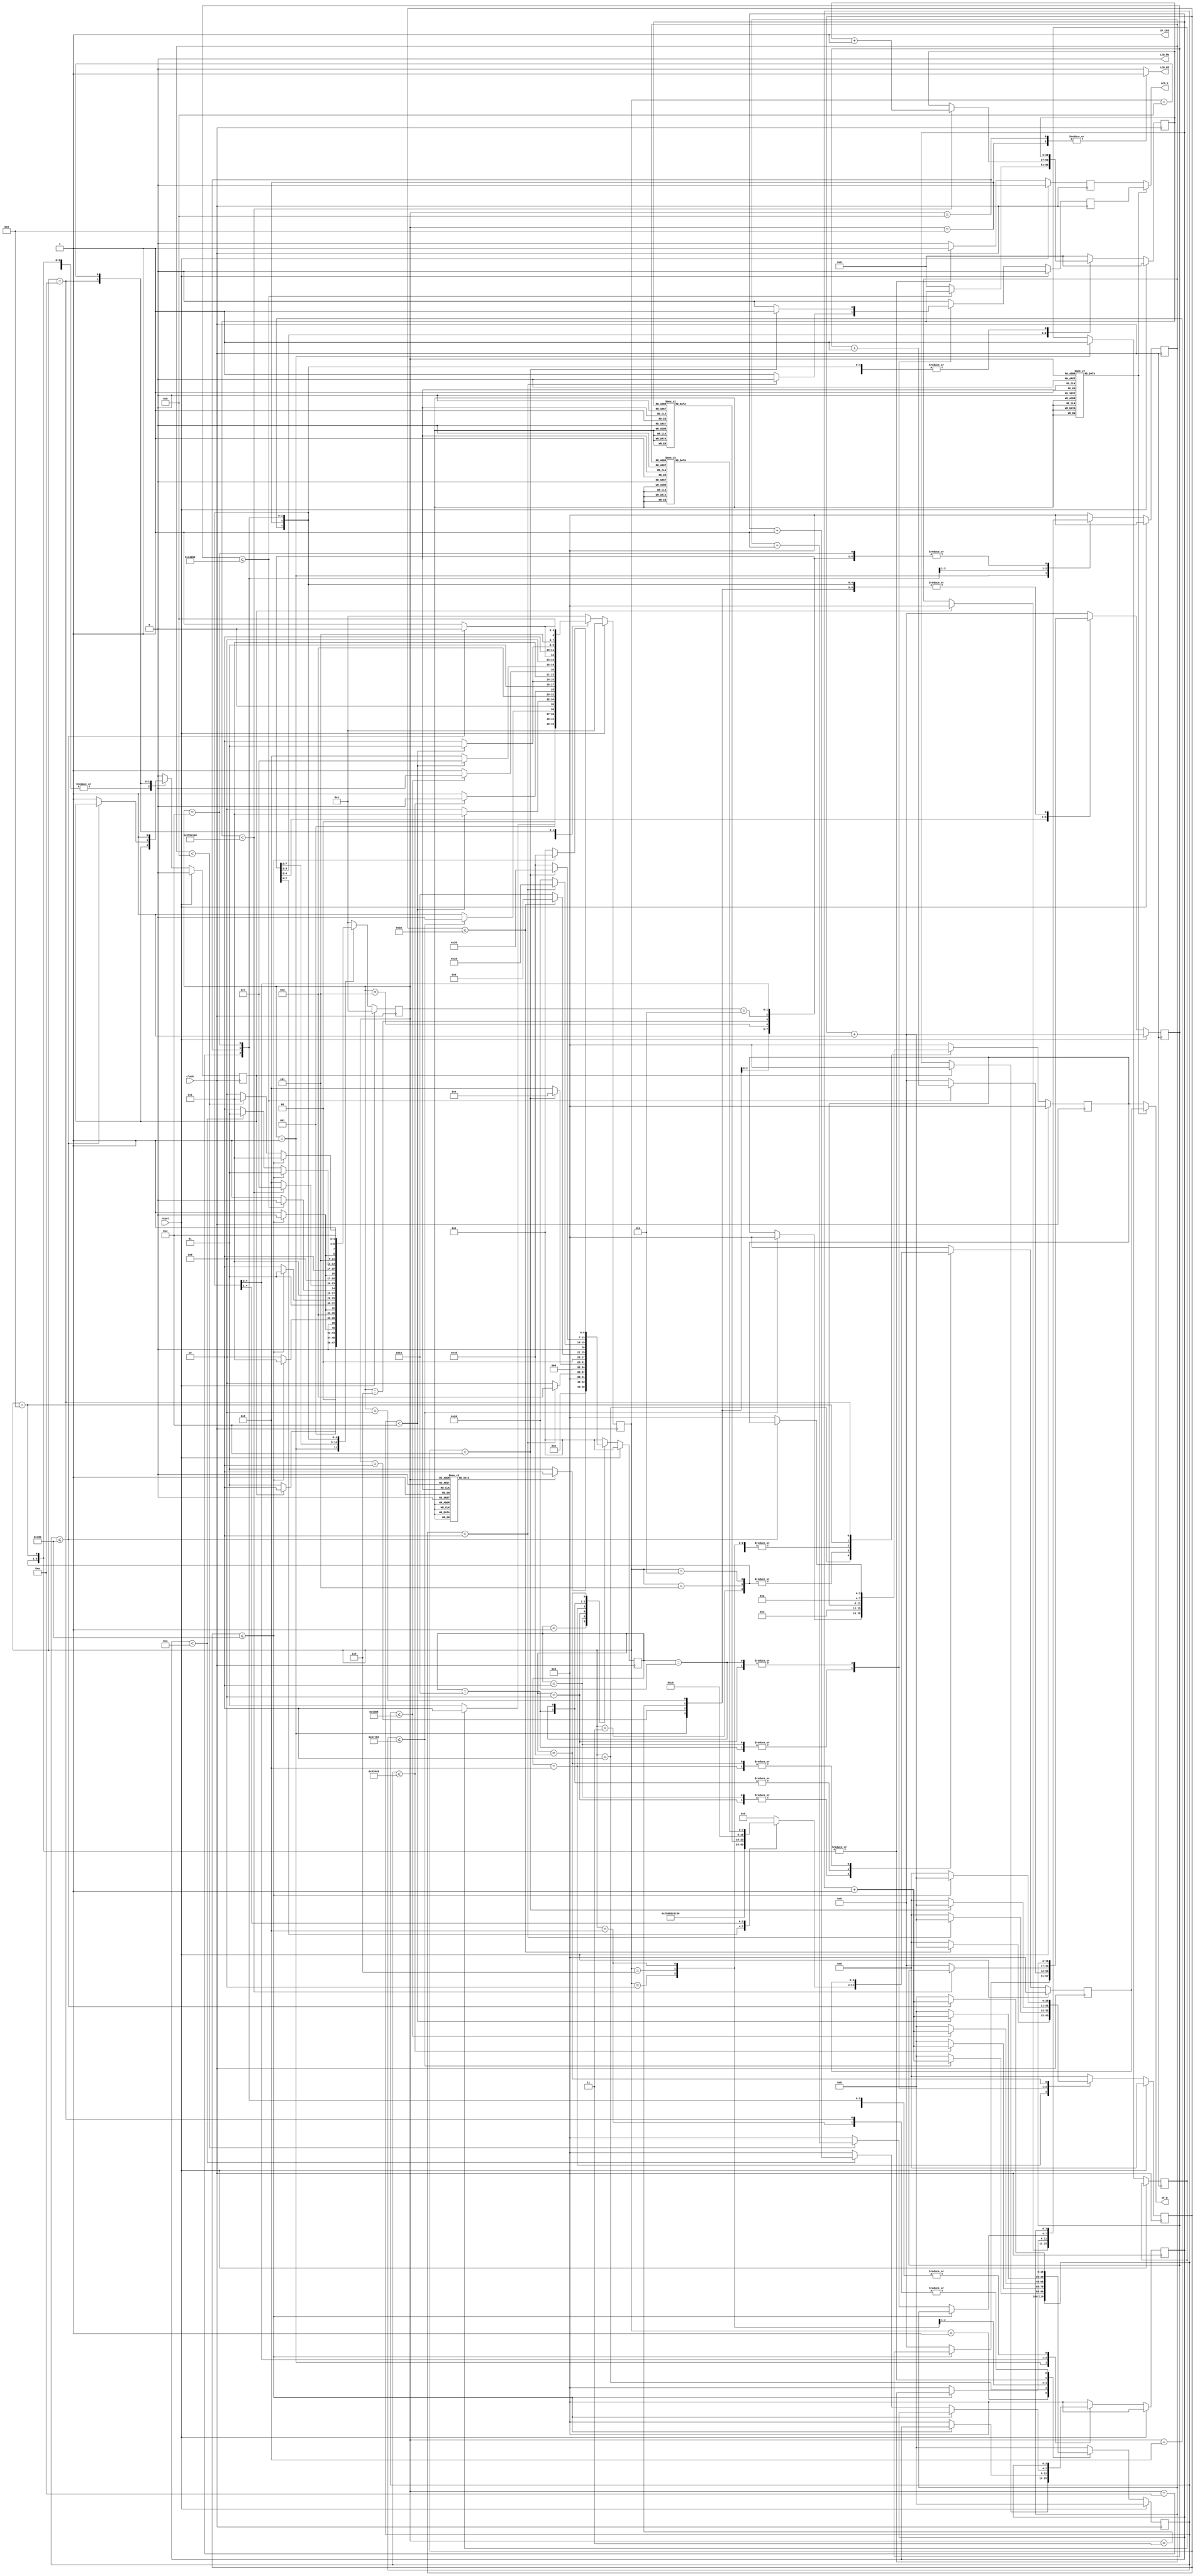
`timescale 1ns / 1ps
//////////////////////////////////////////////////////////////////////////////////
// Company: 
// Engineer: 
// 
// Design Name: 
// Module Name:    LabLCD 
// Project Name: 
// Target Devices: 
// Tool versions: 
// Description: 
//
// Dependencies: 
//
// Revision: 
// Revision 0.01 - File Created
// Additional Comments: 
//
//////////////////////////////////////////////////////////////////////////////////
module LCD_Driver( output SF_CE0,           // 4  LCD  StrataFlash  SF_D<11:8>.
                                            //  SF_CE0 = High ,  StrataFlash ,
                                            //  FPGA  read/write  LCD.
                   output LCD_RW,           // Read/Write Control
                                            // 0: WRITE, LCD accepts SF_D
                                            // 1: READ, LCD presents SF_D

                   output LCD_RS,           // Register Select
                                            // 0: Instruction register during write operations.
                                            //    Busy Flash during read operations
                                            // 1: Data for read or write operations

                   output [3:0] SF_D,       // Four-bit SF_D interface, Data bit DB7 ~ DB4,
                                            // Shared with StrataFlash pins SF_D<11:8>

                   output LCD_E,            // Read/Write Enable Pulse,
                                            // 0: Disabled, 1: Read/Write operation enabled

                   input clock,             //  On-Board 50 MHz Oscillator CLK_50MHz (C9)
                   input reset              //  BTN EAST(H13)

                  );

    ///////////////////////////////////////////////////////////////////////////

    /////////////////////////////////////////////////
    //  LCD 

    parameter   INIT_IDLE       = 4'h1,
                WAITING_READY   = 4'h2,

                WR_ENABLE_1     = 4'h3,
                WAITING_1       = 4'h4,
                WR_ENABLE_2     = 4'h5,
                WAITING_2       = 4'h6,

                WR_ENABLE_3     = 4'h7,
                WAITING_3       = 4'h8,
                WR_ENABLE_4     = 4'h9,
                WAITING_4       = 4'hA,

                INIT_DONE       = 4'hB;

    //  LCD :  3 bits
    reg [3:0] init_state;

    // 
    // The 15 ms interval is 750,000 clock cycles at 50 MHz.
    // 750,000 (dec) = 1011_0111_0001_1011_0000(bin)  20 bits
    reg [19:0] cnt_init;

    // 
    // 0: 
    // 1: 
    reg init_done;


    parameter   DISPLAY_INIT    = 4'h1,

                FUNCTION_SET    = 4'h2,
                ENTRY_MODE_SET  = 4'h3,
                DISPLAY_ON_OFF  = 4'h4,
                DISPLAY_CLEAR   = 4'h5,
                CLEAR_EXECUTION = 4'h6,
                IDLE_2SEC       = 4'h7,

                SET_DD_RAM_ADDR = 4'h8,
                LCD_LINE_1      = 4'h9,
                SET_NEWLINE     = 4'hA,
                LCD_LINE_2      = 4'hB,
                DISPLAY_DONE    = 4'hC;



    //  LCD :  3 bits
    reg [3:0] ctrl_state;

    // 
    // Clear the display and return the cursor to the home position, the top-left corner.
    // Execution Time at least 1.64 ms (82,000 clock cycles)
    // 82,000 (dec) = 1_0100_0000_0101_0000 (bin)  17 bits
    reg [16:0] cnt_delay;

    // 
    // 1: 
    // 0: 
    reg init_exec;

    // ,  2 sec,  50 MHz 
    //  100,000,000(dec) = 101_1111_0101_1110_0001_0000_0000 (bin) (27 bits) 
    reg [26:0] cnt_2sec;

    // 
    // 1: ???   // 0: 
    reg tx_ctrl;

    // 
    parameter   TX_IDLE     = 8'H01,
                UPPER_SETUP = 8'H02,
                UPPER_HOLD  = 8'H04,
                ONE_US      = 8'H08,
                LOWER_SETUP = 8'H10,
                LOWER_HOLD  = 8'H20,
                FORTY_US    = 8'H40;


    // :  7 bits
    reg [6:0] tx_state;

    // 
    // The time between successive commands is 40us, which corresponds to 2000 clock cycles
    // 2000 (dec ) = 111_1101_0000 (bin)  11 bits
    reg [10:0] cnt_tx;

    // Register Select
    // 0: Instruction register during write operations. Busy Flash during read operations
    // 1: Data for read or write operations
    reg select;

    // The upper nibble is transferred first, followed by the lower nibble.
    reg [3:0] nibble;
    reg [3:0] DB_init;  // 

    // Read/Write Enable Pulse, 0: Disabled, 1: Read/Write operation enabled
    reg enable;
    reg en_init;        // 

    reg mux;            // /
                        // 0: 
                        // 1: /

    //  LCD :  8 bits
    reg [7:0] tx_byte;

    //  1 
    reg [7:0] tx_Line1;

    //  2 
    reg [7:0] tx_Line2;

    // 
    reg [3:0] cnt_1 = 4'b0; // For Line 1
    reg [3:0] cnt_2 = 4'b0; // For Line 2

    ///////////////////////////////////////////////////////////////////////////////////////////
    //  Intel strataflash ,  Read/Write  Write, : LCD 
    assign SF_CE0   = 1'b1;     // Disable intel strataflash

    assign LCD_RW   = 1'b0;     // Write only

    assign LCD_RS   = select;

    assign SF_D     = ( mux ) ? nibble : DB_init;

    assign LCD_E    = ( mux ) ? enable : en_init;

    always @(*)
    begin
        case ( ctrl_state )
            DISPLAY_INIT:       mux = 1'b0; // power on initialization sequence
            FUNCTION_SET,
            ENTRY_MODE_SET,
            DISPLAY_ON_OFF,
            DISPLAY_CLEAR,
            IDLE_2SEC,
            CLEAR_EXECUTION,
            SET_DD_RAM_ADDR,
            LCD_LINE_1,
            SET_NEWLINE,
            LCD_LINE_2:         mux = 1'b1;
            default:            mux = 1'b0;
        endcase
    end
    ///////////////////////////////////////////////////////////////////////////////////////////


    // The following "always" statements simplify the process of adding and removing states.
    //
    // refer to datasheet for an explanation of these values

    //  LCD :  8 bits
    // In Verilog-2001, you can initialize registers when you declare them.
    // Now Xilinx XST has supported to initialize registers
    always @( * ) begin
        case ( ctrl_state )
            FUNCTION_SET:       begin
                                    tx_byte = 8'b0010_1000;
                                    select = 1'b0;
                                end
            ENTRY_MODE_SET:     begin
                                    tx_byte = 8'b0000_0110;
                                    select = 1'b0;
                                end
            DISPLAY_ON_OFF:     begin
                                    tx_byte = 8'b0000_1100;
                                    select = 1'b0;
                                end
            DISPLAY_CLEAR:      begin
                                    tx_byte = 8'b0000_0001;
                                    select = 1'b0;
                                end
            SET_DD_RAM_ADDR:    begin
                                    tx_byte = 8'b1000_0000;
                                    select = 1'b0;
                                end
            ///////////////////////////////////////////////////
            LCD_LINE_1:         begin
                                    tx_byte = tx_Line1;
                                    select = 1'b1;
                                end
            SET_NEWLINE:        begin
                                    tx_byte = 8'b1100_0000;
                                    select = 1'b0;
                                end
            ///////////////////////////////////////////////////
            LCD_LINE_2:         begin
                                    tx_byte = tx_Line2;
                                    select = 1'b1;
                                end

            default:            begin
                                    tx_byte = 8'b0;
                                    select = 1'b0;
                                end
        endcase
    end

    always @(*)
    begin
        case ( cnt_1 )
            0:      tx_Line1    = 8'b0101_0011;     // CHAR_S
            1:      tx_Line1    = 8'b0111_0000;     // CHAR_p
            2:      tx_Line1    = 8'b0110_0001;     // CHAR_a
            3:      tx_Line1    = 8'b0111_0010;     // CHAR_r
            4:      tx_Line1    = 8'b0111_0100;     // CHAR_t
            5:      tx_Line1    = 8'b0110_0001;     // CHAR_a
            6:      tx_Line1    = 8'b0110_1110;     // CHAR_n
            7:      tx_Line1    = 8'b0010_1101;     // CHAR_HYPHEN
            8:      tx_Line1    = 8'b0011_0011;     // CHAR_3
            9:      tx_Line1    = 8'b0100_0101;     // CHAR_E
            10:     tx_Line1    = 8'b0010_0000;     // CHAR_SPACE
            11:     tx_Line1    = 8'b0100_0110;     // CHAR_F
            12:     tx_Line1    = 8'b0101_0000;     // CHAR_P
            13:     tx_Line1    = 8'b0100_0111;     // CHAR_G
            14:     tx_Line1    = 8'b0100_0001;     // CHAR_A
            default:tx_Line1    = 8'b0;             // NONE
        endcase
    end

    always @(*)
    begin
        case ( cnt_2 )
            0:      tx_Line2    = 8'b0100_0110;     // CHAR_F
            1:      tx_Line2    = 8'b0101_0000;     // CHAR_P
            2:      tx_Line2    = 8'b0100_0111;     // CHAR_G
            3:      tx_Line2    = 8'b0100_0001;     // CHAR_A
            4:      tx_Line2    = 8'b0010_0000;     // CHAR_SPACE
            5:      tx_Line2    = 8'b0101_0011;     // CHAR_S
            6:      tx_Line2    = 8'b0111_0100;     // CHAR_t
            7:      tx_Line2    = 8'b0110_0001;     // CHAR_a
            8:      tx_Line2    = 8'b0111_0010;     // CHAR_r
            9:      tx_Line2    = 8'b0111_0100;     // CHAR_t
            10:     tx_Line2    = 8'b0110_0101;     // CHAR_e
            11:     tx_Line2    = 8'b0111_0010;     // CHAR_r
            default:tx_Line2    = 8'b0;             // NONE
        endcase
    end

/*       LCD 
        Power-On Initialization

        The initialization sequence first establishes that the FPGA application
        wishes to use the four-bit SF_D interface to the LCD as follows:

        (0) Wait 15 ms or longer, although the display is generally ready when the FPGA finishes configuration.
            The 15 ms interval is 750,000 clock cycles at 50 MHz.

        (1) Write SF_D<11:8> = 0x3, pulse LCD_E High for 12 clock cycles.

        (2) Wait 4.1 ms or longer, which is 205,000 clock cycles at 50 MHz.

        (3) Write SF_D<11:8> = 0x3, pulse LCD_E High for 12 clock cycles.

        (4) Wait 100 s or longer, which is 5,000 clock cycles at 50 MHz.

        (5) Write SF_D<11:8> = 0x3, pulse LCD_E High for 12 clock cycles.

        (6) Wait 40 s or longer, which is 2,000 clock cycles at 50 MHz.

        (7) Write SF_D<11:8> = 0x2, pulse LCD_E High for 12 clock cycles.

        (8) Wait 40 s or longer, which is 2,000 clock cycles at 50 MHz.
*/

    // Initializing the Display
    always @( posedge clock )
    begin
        if( reset ) begin
            init_state <= INIT_IDLE;

            DB_init <= 4'b0;
            en_init <= 0;

            cnt_init <= 0;

            init_done <= 0;
        end

        else begin
            case ( init_state )
                // power on initialization sequence
                INIT_IDLE:          begin
                                        en_init <= 0;

                                        if ( init_exec  )
                                            init_state <= WAITING_READY;
                                        else
                                            init_state <= INIT_IDLE;
                                    end

                WAITING_READY:      begin   // (0 ) 15 ms , LCD 
                                        en_init <= 0;

                                        if ( cnt_init <= 750000 ) begin
                                            DB_init <= 4'h0;

                                            cnt_init <= cnt_init + 1;

                                            init_state <= WAITING_READY;
                                        end
                                        else begin
                                            cnt_init <= 0;

                                            init_state <= WR_ENABLE_1;
                                        end
                                    end

                WR_ENABLE_1:        begin
                                        DB_init <= 4'h3;            // Write SF_D<11:8> = 0x3

                                        en_init <= 1'b1;            // Pulse LCD_E High for 12 clock cycles.

                                        if ( cnt_init < 12 ) begin
                                            cnt_init <= cnt_init + 1;

                                            init_state <= WR_ENABLE_1;
                                        end
                                        else begin
                                            cnt_init <= 0;

                                            init_state <= WAITING_1;
                                        end
                                    end

                WAITING_1:          begin   // Wait 4.1 ms or longer, which is 205,000 clock cycles at 50 MHz.
                                        en_init <= 1'b0;

                                        if ( cnt_init <= 205000 ) begin

                                            cnt_init <= cnt_init + 1;

                                            init_state <= WAITING_1;
                                    end
                                    else begin
                                            cnt_init <= 0;

                                            init_state <= WR_ENABLE_2;
                                        end
                                    end
                WR_ENABLE_2:        begin
                                        DB_init <= 4'h3;            // Write SF_D<11:8> = 0x3
                                        en_init <= 1'b1;            // Pulse LCD_E High for 12 clock cycles.

                                        if ( cnt_init < 12 ) begin

                                            cnt_init <= cnt_init + 1;

                                            init_state <= WR_ENABLE_2;
                                    end
                                    else begin
                                            cnt_init <= 0;

                                            init_state <= WAITING_2;
                                        end
                                    end
                                    // Wait 100 s or longer, which is 5,000 clock cycles at 50 MHz.
                WAITING_2:          begin
                                        en_init <= 1'b0;

                                        if ( cnt_init <= 5000 ) begin

                                            cnt_init <= cnt_init + 1;

                                            init_state <= WAITING_2;
                                        end
                                        else begin
                                            cnt_init <= 0;

                                            init_state <= WR_ENABLE_3;
                                        end
                                    end

                WR_ENABLE_3:        begin   //  Write SF_D<11:8> = 0x3, pulse LCD_E High for 12 clock cycles.
                                        DB_init <= 4'h3;            // Write SF_D<11:8> = 0x3
                                        en_init <= 1'b1;            // Pulse LCD_E High for 12 clock cycles.

                                        if ( cnt_init < 12 ) begin

                                            cnt_init <= cnt_init + 1;

                                            init_state <= WR_ENABLE_3;
                                    end
                                    else begin
                                            cnt_init <= 0;

                                            init_state <= WAITING_3;
                                        end
                                    end

                WAITING_3:          begin   //  Wait 40 us or longer, which is 2,000 clock cycles at 50 MHz.
                                        en_init <= 1'b0;

                                        if ( cnt_init <= 2000 ) begin

                                            cnt_init <= cnt_init + 1;

                                            init_state <= WAITING_3;
                                    end
                                    else begin
                                            cnt_init <= 0;

                                            init_state <= WR_ENABLE_4;
                                        end
                                    end

                WR_ENABLE_4:        begin   //  Write SF_D<11:8> = 0x2, pulse LCD_E High for 12 clock cycles.
                                        DB_init <= 4'h2;            // Write SF_D<11:8> = 0x3
                                        en_init <= 1'b1;            // Pulse LCD_E High for 12 clock cycles.

                                        if ( cnt_init < 12 ) begin

                                            cnt_init <= cnt_init + 1;

                                            init_state <= WR_ENABLE_4;
                                    end
                                    else begin
                                            cnt_init <= 0;

                                            init_state <= WAITING_4;
                                        end
                                    end

                WAITING_4:          begin   //  Wait 40 us or longer, which is 2,000 clock cycles at 50 MHz.
                                        en_init <= 1'b0;

                                        if ( cnt_init <= 2000 ) begin
                                            cnt_init <= cnt_init + 1;

                                            init_state <= WAITING_4;
                                        end
                                        else begin
                                            DB_init <= 4'h0;        // Write SF_D<11:8> = 0x0
                                            cnt_init <= 0;

                                            cnt_init <= 0;

                                            init_done <= 1'b1;
                                            init_state <= INIT_DONE;
                                        end
                                    end

                INIT_DONE:          begin
                                        init_state <= INIT_DONE;

                                        DB_init <= 4'h0;
                                        en_init <= 1'b0;

                                        cnt_init <= 0;

                                        init_done <= 1'b1;
                                    end
                default:            begin
                                        init_state <= INIT_IDLE;

                                        DB_init <= 4'b0;
                                        en_init <= 0;

                                        cnt_init <= 0;

                                        init_done <= 0;
                                    end
            endcase
        end
    end


    always @( * )
    begin
        case ( ctrl_state )
            DISPLAY_INIT:       tx_ctrl = 1'b0;
            FUNCTION_SET,
            ENTRY_MODE_SET,
            DISPLAY_ON_OFF,
            DISPLAY_CLEAR:      tx_ctrl = 1'b1;
            CLEAR_EXECUTION:    tx_ctrl = 1'b0;
            SET_DD_RAM_ADDR,
            LCD_LINE_1,
            SET_NEWLINE,
            LCD_LINE_2:         tx_ctrl = 1'b1;
            DISPLAY_DONE:       tx_ctrl = 1'b0;
            default:            tx_ctrl = 1'b0;
        endcase
    end

    // Main state machine
    always @( posedge clock )
    begin
        if( reset ) begin
            ctrl_state <= DISPLAY_INIT;

            cnt_delay <= 0;
            cnt_1 <= 0;
            cnt_2 <= 0;

            cnt_2sec <= 0;
        end

        else begin
            case ( ctrl_state )
                // power on initialization sequence
                DISPLAY_INIT:       begin   // (0 ) 15 ms , LCD 
                                        init_exec <= 1;

                                        if ( init_done ) begin
                                            ctrl_state <= FUNCTION_SET;
                                            cnt_1 <= 0;
                                            cnt_2 <= 0;
                                        end
                                        else begin
                                            ctrl_state <= DISPLAY_INIT;
                                        end
                                    end

                FUNCTION_SET:       begin
                                        // Wait 40 us or longer
                                        if ( cnt_tx <= 2000 ) begin
                                            ctrl_state <= FUNCTION_SET;
                                        end
                                        else begin
                                            ctrl_state <= ENTRY_MODE_SET;
                                        end
                                    end

                ENTRY_MODE_SET:     begin
                                        // Wait 40 us or longer
                                        if ( cnt_tx <= 2000 ) begin
                                            ctrl_state <= ENTRY_MODE_SET;
                                        end
                                        else begin
                                            ctrl_state <= DISPLAY_ON_OFF;
                                        end
                                    end

                DISPLAY_ON_OFF:     begin
                                        // Wait 40 us or longer
                                        if ( cnt_tx <= 2000 ) begin
                                            ctrl_state <= DISPLAY_ON_OFF;
                                        end
                                        else begin
                                            ctrl_state <= DISPLAY_CLEAR;
                                        end
                                    end

                DISPLAY_CLEAR:      begin
                                        // Wait 40 us or longer
                                        if ( cnt_tx <= 2000 ) begin
                                            ctrl_state <= DISPLAY_CLEAR;
                                        end
                                        else begin
                                            ctrl_state <= CLEAR_EXECUTION;

                                            cnt_delay <= 0;
                                        end
                                    end

                CLEAR_EXECUTION:    begin
                                        // The delay after a Clear Display command is 1.64ms,
                                        // which corresponds to 82000 clock cycles.
                                        if ( cnt_delay <= 82000 ) begin
                                            ctrl_state <= CLEAR_EXECUTION;

                                            cnt_delay <= cnt_delay + 1;
                                        end
                                        else begin
                                            ctrl_state <= IDLE_2SEC;
                                            cnt_delay <= 0;

                                            cnt_2sec <= 0;
                                        end
                                    end

                IDLE_2SEC:          begin // ,  2 sec, 
                                        if ( cnt_2sec < 27'd100000000 ) begin
                                            ctrl_state <= IDLE_2SEC;
                                            cnt_2sec <= cnt_2sec + 1;
                                        end
                                        else begin
                                            ctrl_state <= SET_DD_RAM_ADDR;

                                            cnt_delay <= 0;
                                        end
                                    end

                SET_DD_RAM_ADDR:    begin
                                        // Wait 40 us or longer
                                        if ( cnt_tx <= 2000 ) begin
                                            ctrl_state <= SET_DD_RAM_ADDR;
                                        end
                                        else begin
                                            ctrl_state <= LCD_LINE_1;
                                            cnt_1 <= 0;
                                        end
                                    end

                LCD_LINE_1:         begin
                                        // Wait 40 us or longer
                                        if ( cnt_tx <= 2000 ) begin
                                            ctrl_state <= LCD_LINE_1;
                                        end
                                        else if ( cnt_1 < 14 ) begin
                                                ctrl_state <= LCD_LINE_1;

                                                cnt_1 <= cnt_1 + 1;
                                            end
                                            else begin
                                                ctrl_state <= SET_NEWLINE;

                                                cnt_1 <= 0;
                                            end
                                    end

                SET_NEWLINE:        begin
                                        // Wait 40 us or longer
                                        if ( cnt_tx <= 2000 ) begin
                                            ctrl_state <= SET_NEWLINE;
                                        end
                                        else begin
                                            ctrl_state <= LCD_LINE_2;

                                            cnt_2 <= 0;
                                        end
                                    end

                LCD_LINE_2:         begin
                                        // Wait 40 us or longer
                                        if ( cnt_tx <= 2000 ) begin
                                            ctrl_state <= LCD_LINE_2;
                                        end
                                        else if ( cnt_2 < 11 ) begin
                                                ctrl_state <= LCD_LINE_2;

                                                cnt_2 <= cnt_2 + 1;
                                            end
                                            else begin
                                                ctrl_state <= DISPLAY_DONE;

                                                cnt_2 <= 0;
                                            end
                                    end

                DISPLAY_DONE:       begin
                                        ctrl_state <= DISPLAY_DONE;
                                    end
                default:            begin
                                        ctrl_state <= DISPLAY_INIT;

                                        cnt_delay <= 0;
                                        cnt_1 <= 0;
                                        cnt_2 <= 0;

                                        cnt_2sec <= 0;
                                    end
            endcase
        end
    end
/*
    Four-Bit Data Interface

    The board uses a 4-bit SF_D interface to the character LCD.
    The SF_D values on SF_D<11:8>, and the register select (LCD_RS) and the read/write (LCD_RW)
    control signals must be set up and stable at least 40 ns before the enable LCD_E goes High.

    The enable signal must remain High for 230 ns or longer-the equivalent of 12 or more clock cycles at 50 MHz.

    In many applications, the LCD_RW signal can be tied Low permanently
    because the FPGA generally has no reason to read information from the display.

    Transferring 8-Bit Data over the 4-Bit Interface

    After initializing the display and establishing communication,
    all commands and SF_D transfers to the character display are via 8 bits,
    transferred using two sequential 4-bit operations.
    Each 8-bit transfer must be decomposed into two 4-bit transfers, spaced apart by at least 1 s.

    The upper nibble is transferred first, followed by the lower nibble.
    An 8-bit write operation must be spaced least 40 s before the next communication.
    This delay must be increased to 1.64 ms following a Clear Display command.

    Note that the period of the 50MHz onboard clock is 20ns.

    The time between corresponding nibbles is 1us, which is equivalent to 50 clock cycles.

    The time between successive commands is 40us, which corresponds to 2000 clock cycles.

    The delay after a Clear Display command is 1.64ms, which corresponds to 82000 clock cycles.

    Setup time ( time for the outputs to stabilize ) is 40ns, which is 2 clock cycles,
    the hold time ( time to assert the LCD_E pin ) is 230ns, which translates to roughly 12 clock cycles,
    and the fall time ( time to allow the outputs to stabilize) is 10ns, which translates to roughly 1 clock cycle.
*/
    // specified by datasheet, transmit process
        // specified by datasheet, transmit process
    always @( posedge clock )
    begin
        if ( reset ) begin
            enable <= 1'b0;
            nibble <= 4'b0;

            tx_state <= TX_IDLE;
            cnt_tx <= 0;
        end
        else  begin
            case ( tx_state )
                TX_IDLE:            begin
                                        enable <= 1'b0;
                                        nibble <= 4'b0;
                                        cnt_tx <= 0;

                                        if ( tx_ctrl ) begin
                                            tx_state <= UPPER_SETUP;
                                        end
                                        else begin
                                            tx_state <= TX_IDLE;
                                        end
                                    end
                // Setup time ( time for the outputs to stabilize ) is 40ns, which is 2 clock cycles
                UPPER_SETUP:        begin
                                        nibble <= tx_byte[7:4];

                                        if ( cnt_tx < 2 ) begin
                                            enable <= 1'b0;

                                            tx_state <= UPPER_SETUP;

                                            cnt_tx <= cnt_tx + 1;
                                        end
                                        else begin
                                            enable <= 1'b1;

                                            tx_state <= UPPER_HOLD;
                                            cnt_tx <= 0;
                                        end
                                    end
                // Hold time ( time to assert the LCD_E pin ) is 230ns, which translates to roughly 12 clock cycles
                UPPER_HOLD:         begin
                                        nibble <= tx_byte[7:4];

                                        if ( cnt_tx < 12 ) begin
                                            enable <= 1'b1;
                                            tx_state <= UPPER_HOLD;
                                            cnt_tx <= cnt_tx + 1;
                                        end
                                        else begin
                                            enable <= 1'b0;
                                            tx_state <= ONE_US;
                                            cnt_tx <= 0;
                                        end
                                    end
                // Each 8-bit transfer must be decomposed into two 4-bit transfers, spaced apart by at least 1 s.
                // The upper nibble is transferred first, followed by the lower nibble.
                // The time between corresponding nibbles is 1us, which is equivalent to 50 clock cycles.
                ONE_US:             begin
                                        enable <= 1'b0;

                                        if ( cnt_tx <= 50 ) begin
                                            tx_state <= ONE_US;
                                            cnt_tx <= cnt_tx + 1;
                                        end
                                        else begin
                                            tx_state <= LOWER_SETUP;
                                            cnt_tx <= 0;
                                        end
                                    end
                // Setup time ( time for the outputs to stabilize ) is 40ns, which is 2 clock cycles
                LOWER_SETUP:        begin
                                        nibble <= tx_byte[3:0];

                                        if ( cnt_tx < 2 ) begin
                                            enable <= 1'b0;

                                            tx_state <= LOWER_SETUP;
                                            cnt_tx <= cnt_tx + 1;
                                        end
                                        else begin
                                            enable <= 1'b1;

                                            tx_state <= LOWER_HOLD;
                                            cnt_tx <= 0;
                                        end
                                    end

                // Hold time ( time to assert the LCD_E pin ) is 230ns, which translates to roughly 12 clock cycles
                LOWER_HOLD:         begin
                                        nibble <= tx_byte[3:0];

                                        if ( cnt_tx < 12 ) begin
                                            enable <= 1'b1;
                                            tx_state <= LOWER_HOLD;
                                            cnt_tx <= cnt_tx + 1;
                                        end
                                        else begin
                                            enable <= 1'b0;
                                            tx_state <= FORTY_US;
                                            cnt_tx <= 0;
                                        end
                                    end

                // The time between successive commands is 40us, which corresponds to 2000 clock cycles.
                FORTY_US:           begin
                                        enable <= 1'b0;

                                        if ( cnt_tx <= 2000 ) begin
                                            tx_state <= FORTY_US;
                                            cnt_tx <= cnt_tx + 1;
                                        end
                                        else begin
                                            tx_state <= TX_IDLE;
                                            cnt_tx <= 0;
                                        end
                                    end
                default:            begin
                                            enable <= 1'b0;
                                            nibble <= 4'b0;

                                            tx_state <= TX_IDLE;
                                            cnt_tx <= 0;
                                    end
            endcase
        end
    end
endmodule